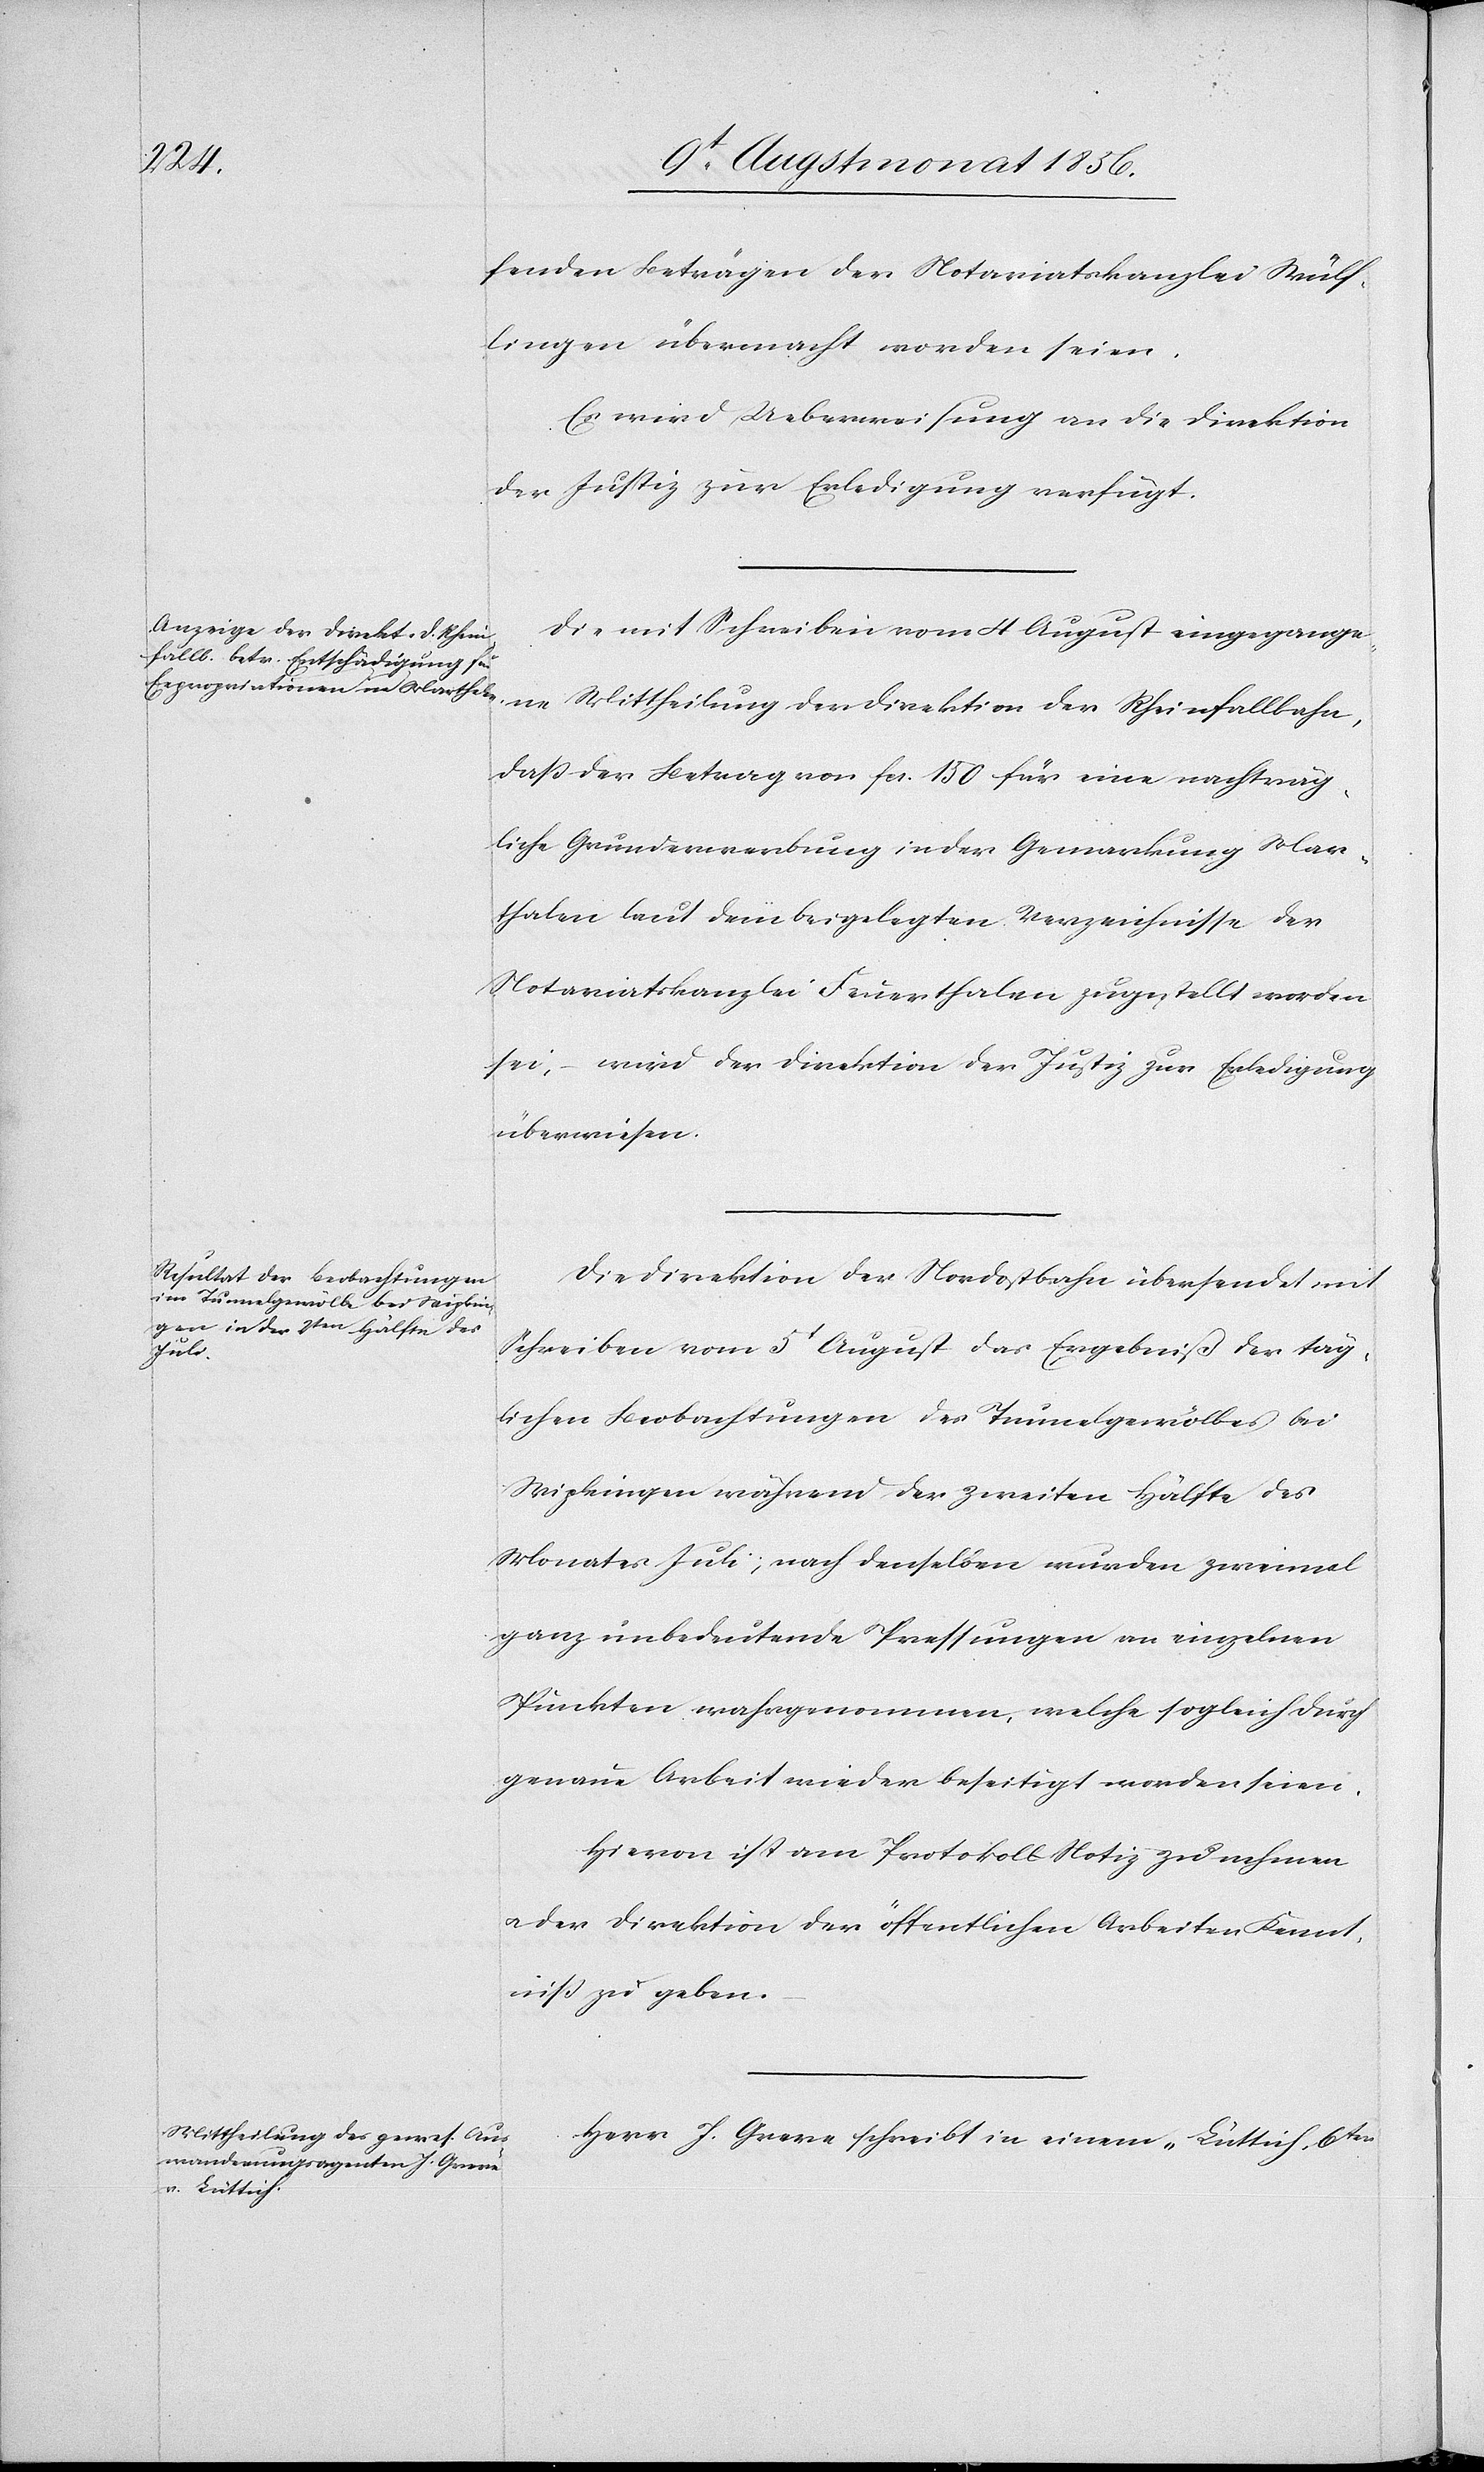
fenden Beträgen der Notariatskanzlei Wülf¬
lingen übermacht worden seien.
Es wird Ueberweisung an die Direktion
der Justiz zur Erledigung verfügt.
Die mit Schreiben vom 4 August eingegangene
dass der Betrag von fcs. 150 für eine nachträg¬
liche Grunderwerbung in der Gemarkung Mar¬
thalen laut dem beigelegten Verzeichnisse der
Notariatskanzlei Feuerthalen zugestellt worden
sei, – wird der Direktion der Justiz zur Erledigung
überwiesen.
Die Direktion der Nordostbahn übersendet mit
Schreiben vom 5t August das Ergebniß der täg¬
lichen Beobachtungen des Tunnelgewölbes bei
Wipkingen während der zweiten Hälfte des
Monates Juli; nach denselben wurden zweimal
ganz unbedeutende Pressungen an einzelnen
Punkten wahrgenommen, welche sogleich durch
genaue Arbeit wieder beseitigt worden seien.
Hievon ist am Protokoll Notiz zu nehmen
u. der Direktion der öffentlichen Arbeiten Kennt¬
niß zu geben.
Herr J. Greve schreibt in einem „Lüttich, 6ter